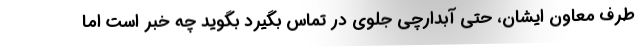
طرف معاون ایشان، حتی آبدارچی جلوی در تماس بگیرد بگوید چه خبر است اما